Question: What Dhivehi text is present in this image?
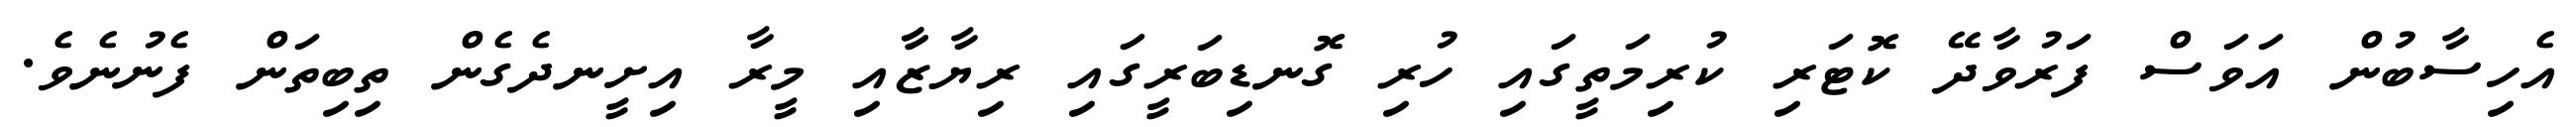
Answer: އެހިސާބުން އަވަސް ފަރުވާދޭ ކޮޓަރި ކުރިމަތީގައި ހުރި ގޮނޑިބަރީގައި ރިޔާޒާާއި މީރާ އިށީނދެގެން ތިބިތަން ފެނުނެވެ.